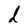
Character: l